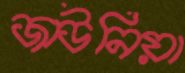
জাউনিয়া